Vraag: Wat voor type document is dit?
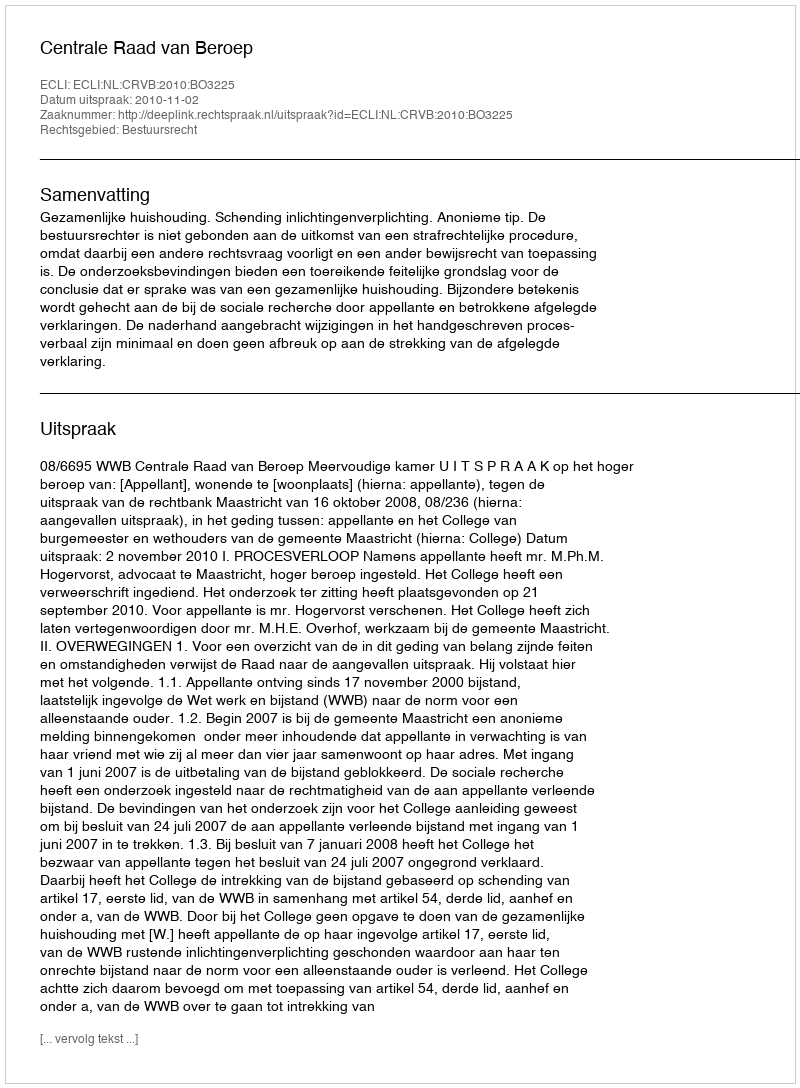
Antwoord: Uitspraak